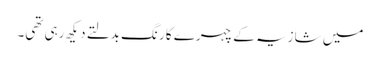
میں شازیہ کے چہرے کا رنگ بدلتے دیکھ رہی تھی۔